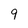
Character: 9